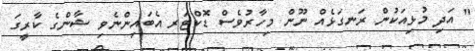
" އަދި މުޅިއަކުން ރަނގަޅެއް ނޫން މިހާރުވެސް ޑޮކްޓަރ އެބައިންނެވި ޝާންގެ ކާރީގަ